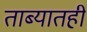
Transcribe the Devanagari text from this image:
ताब्यातही